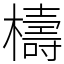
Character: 檮